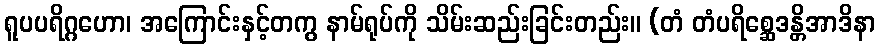
ရူပပရိဂ္ဂဟော၊ အကြောင်းနှင့်တကွ နာမ်ရုပ်ကို သိမ်းဆည်းခြင်းတည်း။ (တံ တံပရိစ္ဆေဒန္တိအာဒိနာ